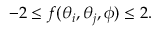
\begin{array} { r } { - 2 \le f ( \theta _ { i } , \theta _ { j } , \phi ) \le 2 . } \end{array}